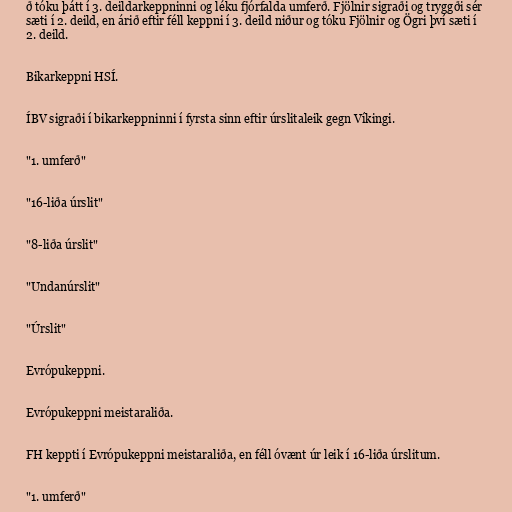
ð tóku þátt í 3. deildarkeppninni og léku fjórfalda umferð. Fjölnir sigraði og tryggði sér
sæti í 2. deild, en árið eftir féll keppni í 3. deild niður og tóku Fjölnir og Ögri því sæti í
2. deild.

Bikarkeppni HSÍ.

ÍBV sigraði í bikarkeppninni í fyrsta sinn eftir úrslitaleik gegn Víkingi.

"1. umferð"

"16-liða úrslit"

"8-liða úrslit"

"Undanúrslit"

"Úrslit"

Evrópukeppni.

Evrópukeppni meistaraliða.

FH keppti í Evrópukeppni meistaraliða, en féll óvænt úr leik í 16-liða úrslitum.

"1. umferð"